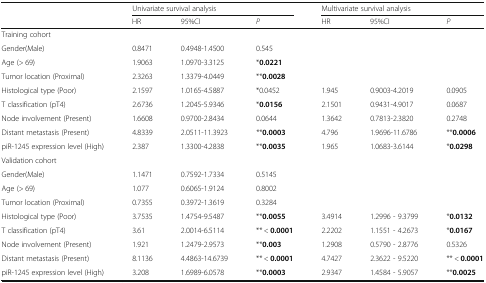
<table><thead><tr><td rowspan="2"></td><td colspan="3"><b>Univariate survival analysis</b></td><td colspan="3"><b>Multivariate survival analysis</b></td></tr><tr><td><b>HR</b></td><td><b>95%CI</b></td><td><b><i>P</i></b></td><td><b>HR</b></td><td><b>95%CI</b></td><td><b><i>P</i></b></td></tr></thead><tbody><tr><td colspan="7">Training cohort</td></tr><tr><td>Gender(Male)</td><td>0.8471</td><td>0.4948-1.4500</td><td>0.545</td><td></td><td></td><td></td></tr><tr><td>Age (&gt; 69)</td><td>1.9063</td><td>1.0970-3.3125</td><td>*<b>0.0221</b></td><td></td><td></td><td></td></tr><tr><td>Tumor location (Proximal)</td><td>2.3263</td><td>1.3379-4.0449</td><td>**<b>0.0028</b></td><td></td><td></td><td></td></tr><tr><td>Histological type (Poor)</td><td>2.1597</td><td>1.0165-4.5887</td><td>*0.0452</td><td>1.945</td><td>0.9003-4.2019</td><td>0.0905</td></tr><tr><td>T classification (pT4)</td><td>2.6736</td><td>1.2045-5.9346</td><td>*<b>0.0156</b></td><td>2.1501</td><td>0.9431-4.9017</td><td>0.0687</td></tr><tr><td>Node involvement (Present)</td><td>1.6608</td><td>0.9700-2.8434</td><td>0.0644</td><td>1.3642</td><td>0.7813-2.3820</td><td>0.2748</td></tr><tr><td>Distant metastasis (Present)</td><td>4.8339</td><td>2.0511-11.3923</td><td>**<b>0.0003</b></td><td>4.796</td><td>1.9696-11.6786</td><td>**<b>0.0006</b></td></tr><tr><td>piR-1245 expression level (High)</td><td>2.387</td><td>1.3300-4.2838</td><td>**<b>0.0035</b></td><td>1.965</td><td>1.0683-3.6144</td><td>*<b>0.0298</b></td></tr><tr><td colspan="7">Validation cohort</td></tr><tr><td>Gender(Male)</td><td>1.1471</td><td>0.7592-1.7334</td><td>0.5145</td><td></td><td></td><td></td></tr><tr><td>Age (&gt; 69)</td><td>1.077</td><td>0.6065-1.9124</td><td>0.8002</td><td></td><td></td><td></td></tr><tr><td>Tumor location (Proximal)</td><td>0.7355</td><td>0.3972-1.3619</td><td>0.3284</td><td></td><td></td><td></td></tr><tr><td>Histological type (Poor)</td><td>3.7535</td><td>1.4754-9.5487</td><td>**<b>0.0055</b></td><td>3.4914</td><td>1.2996 - 9.3799</td><td>*<b>0.0132</b></td></tr><tr><td>T classification (pT4)</td><td>3.61</td><td>2.0014-6.5114</td><td>** &lt; <b>0.0001</b></td><td>2.2202</td><td>1.1551 - 4.2673</td><td>*<b>0.0167</b></td></tr><tr><td>Node involvement (Present)</td><td>1.921</td><td>1.2479-2.9573</td><td>**<b>0.003</b></td><td>1.2908</td><td>0.5790 - 2.8776</td><td>0.5326</td></tr><tr><td>Distant metastasis (Present)</td><td>8.1136</td><td>4.4863-14.6739</td><td>** &lt; <b>0.0001</b></td><td>4.7427</td><td>2.3622 - 9.5220</td><td>** &lt; <b>0.0001</b></td></tr><tr><td>piR-1245 expression level (High)</td><td>3.208</td><td>1.6989-6.0578</td><td>**<b>0.0003</b></td><td>2.9347</td><td>1.4584 - 5.9057</td><td>**<b>0.0025</b></td></tr></tbody></table>